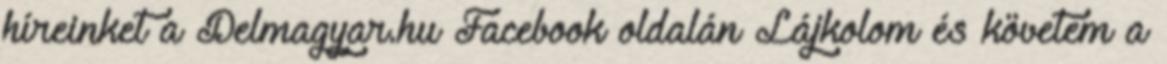
híreinket a Delmagyar.hu Facebook oldalán Lájkolom és követem a